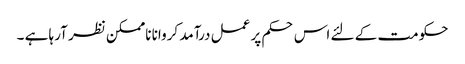
حکومت کے لئے اس حکم پر عمل درآمد کروانا ناممکن نظر آرہا ہے ۔